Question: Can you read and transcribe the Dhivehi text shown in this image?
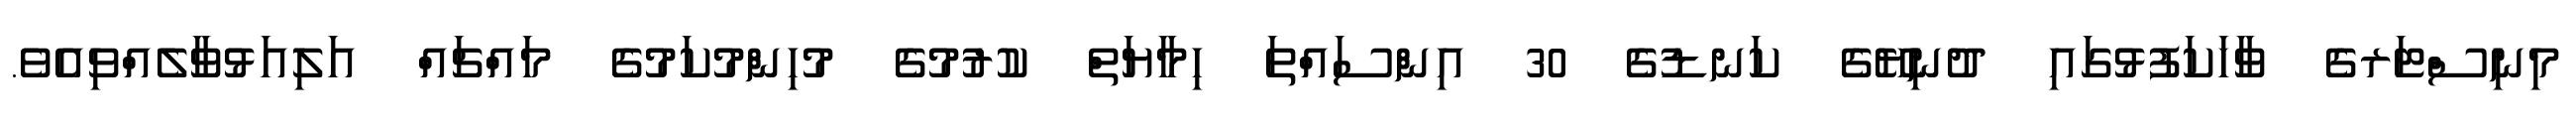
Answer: މިނިސްޓަރގެ ވާހަކަފުޅުގައި ދުނިޔޭގެ ކަނޑުގެ 30 އިންސައްތަ ހިމާޔަތް ކުރުމުގެ މުހިންމުކަމުގެ މައްޗައް އަލިއަޅުވާލެއްވިއެވެ.